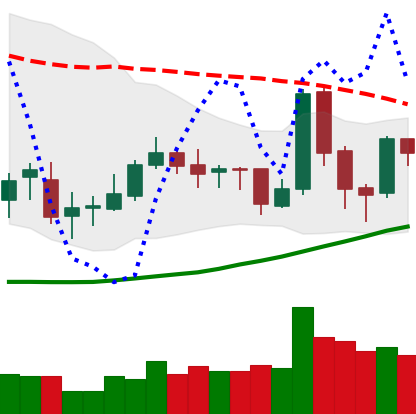
Ticker: TRX-USD
Chart end date: 2019-03-28
Forward return: 14.977%
Label: up_7plus